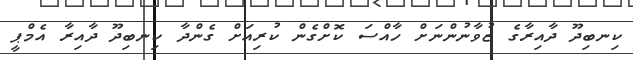
ކިނބިދޫ ދާއިރާގެ ޒުވާނުންނަށް ހާއްސަ ކޮށްގެން ކުރިއަށް ގެންދާ ކިނބިދޫ ދާއިރާ އެމްޕީ